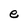
Character: e